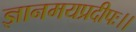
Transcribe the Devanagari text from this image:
ज्ञानमयप्रदीपः।।